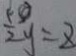
\frac { 5 } { 2 } y = 8